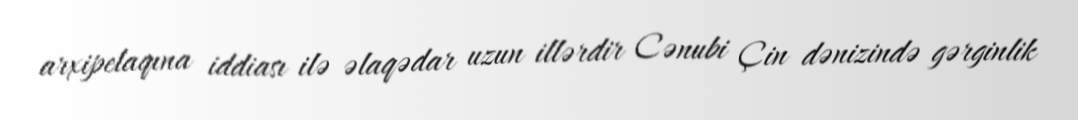
arxipelaqına iddiası ilə əlaqədar uzun illərdir Cənubi Çin dənizində gərginlik